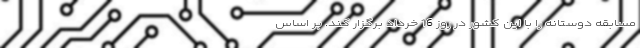
مسابقه دوستانه را با این کشور در روز 16 خرداد برگزار کند. بر اساس